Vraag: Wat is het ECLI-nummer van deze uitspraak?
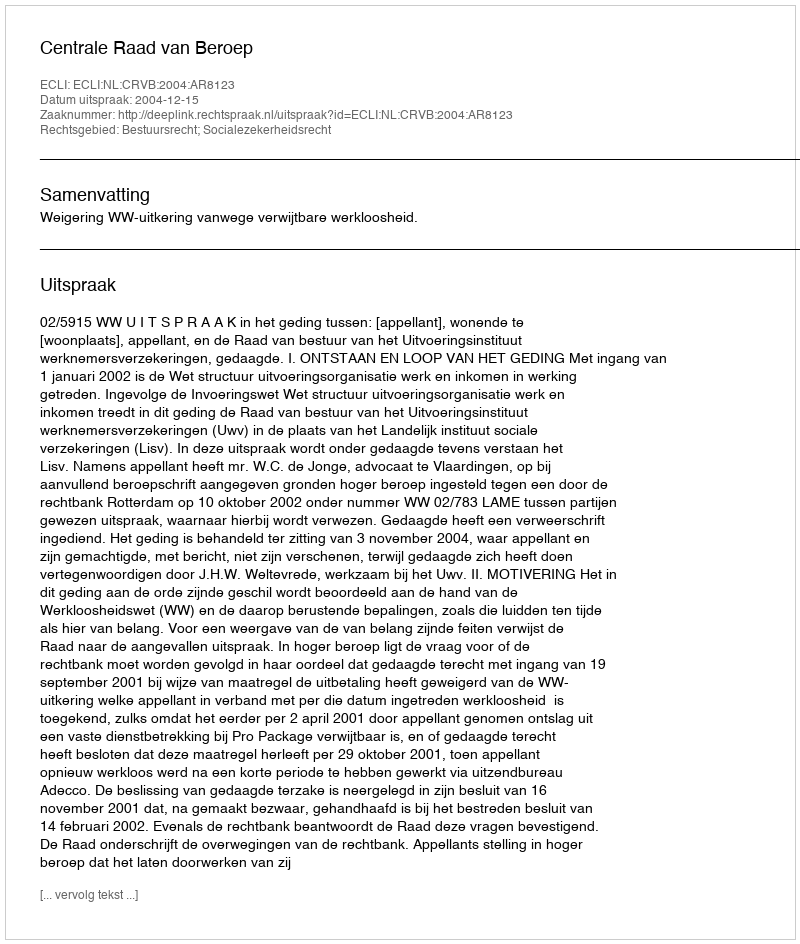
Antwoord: ECLI:NL:CRVB:2004:AR8123